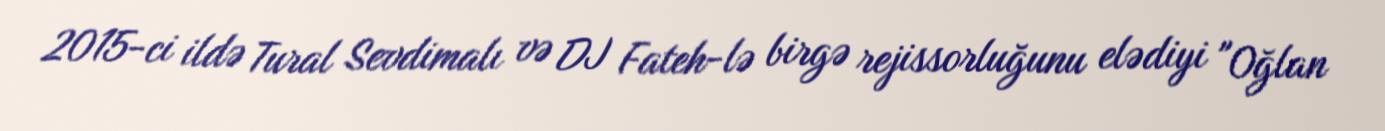
2015-ci ildə Tural Sevdimalı və DJ Fateh-lə birgə rejissorluğunu elədiyi "Oğlan